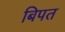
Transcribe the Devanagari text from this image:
बिपत